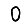
Digit: 0